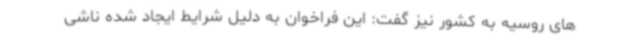
های روسیه به کشور نیز گفت: این فراخوان به دلیل شرایط ایجاد شده ناشی